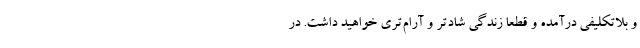
و بلاتکلیفی درآمده و قطعاً زندگی شادتر و آرام‌تری خواهید داشت. در